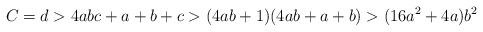
LaTeX: \begin{align*}C = d> 4abc+a+b+c>(4ab+1)(4ab+a+b) > (16a^2+4a)b^2\end{align*}